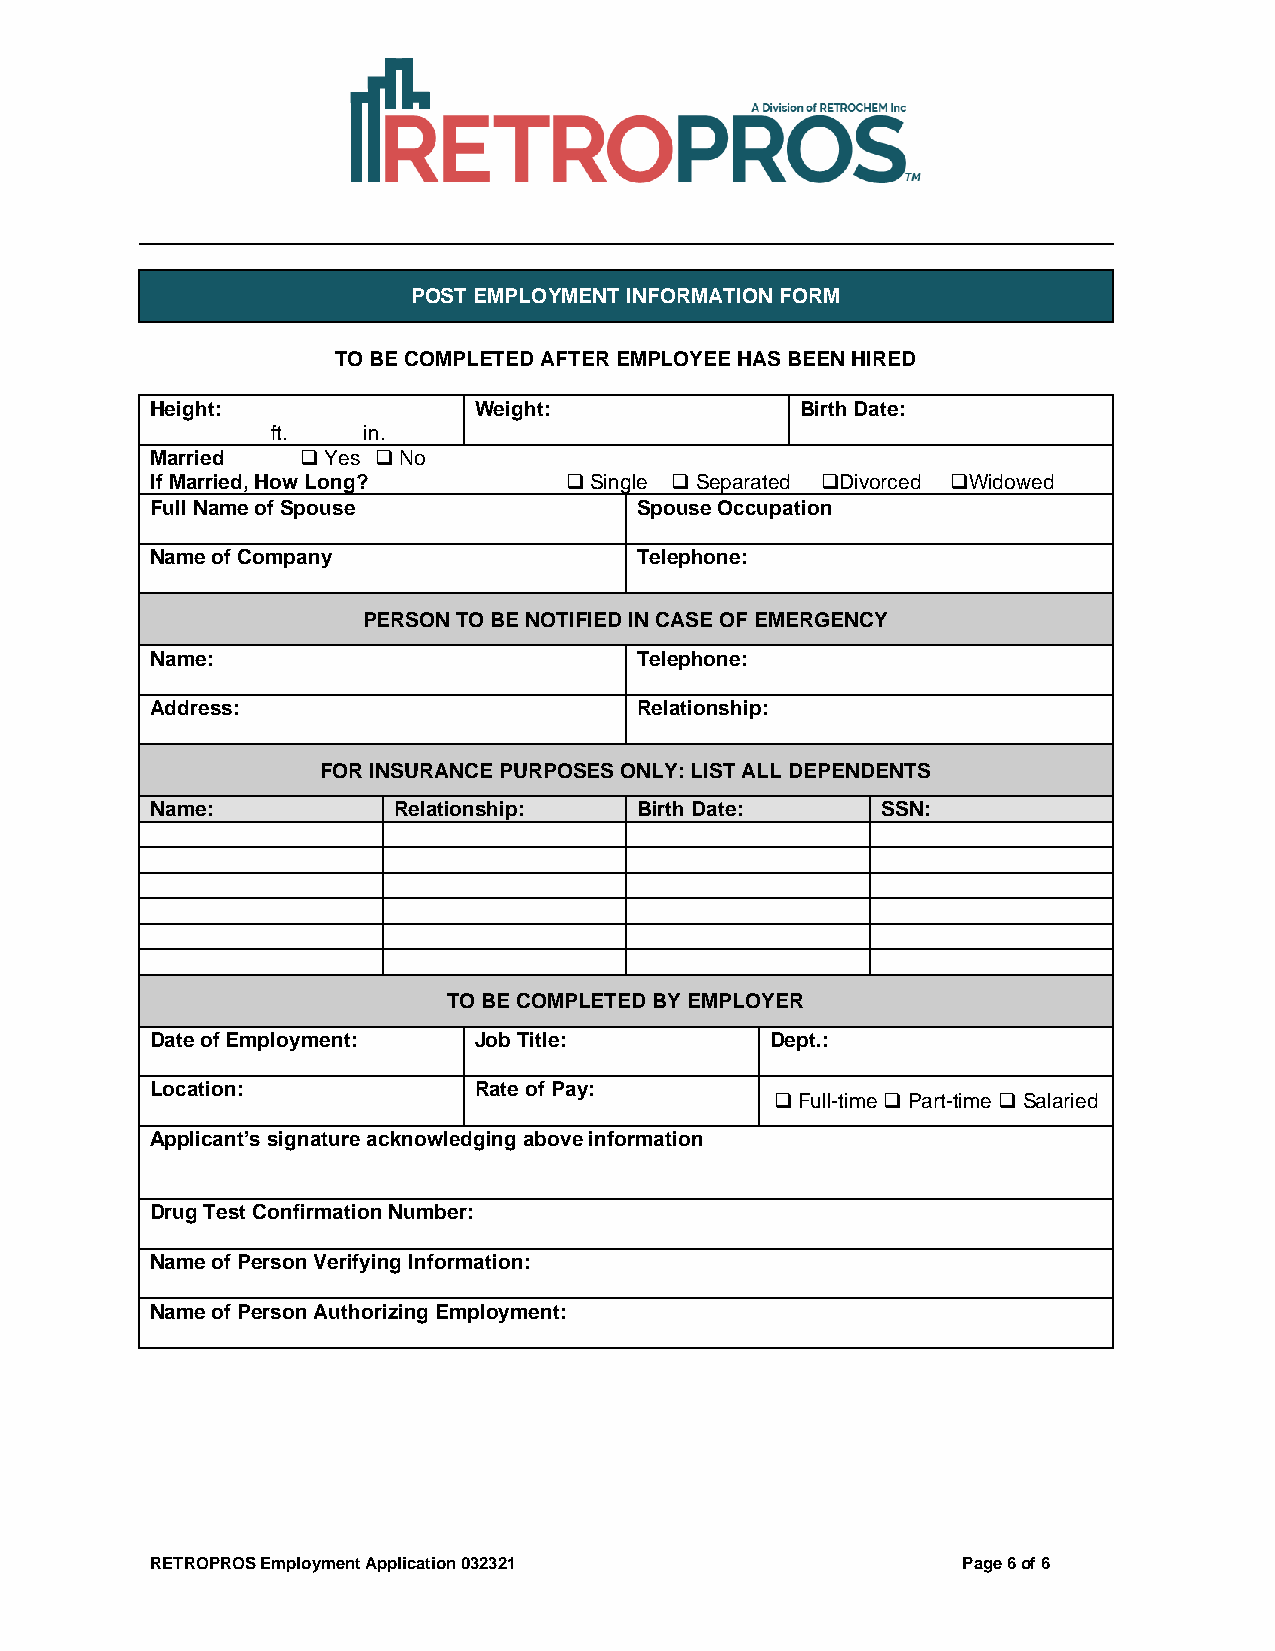
POST EMPLOYMENT INFORMATION FORM
 TO BE COMPLETED AFTER EMPLOYEE HAS BEEN HIRED
 Height:              Weight:               Birth Date:
 ft.   in.
 Married   ❑ Yes ❑ No
 If Married, How Long?      ❑ Single ❑ Separated ❑Divorced ❑Widowed
 Full Name of Spouse             Spouse Occupation
 Name of Company                 Telephone:
 PERSON TO BE NOTIFIED IN CASE OF EMERGENCY
 Name:                           Telephone:
 Address:                        Relationship:
 FOR INSURANCE PURPOSES ONLY: LIST ALL DEPENDENTS
 Name:           Relationship:   Birth Date:     SSN:
 TO BE COMPLETED BY EMPLOYER
 Date of Employment:  Job Title:          Dept.:
 Location:            Rate of Pay:
 ❑ Full-time ❑ Part-time ❑ Salaried
 Applicant’s signature acknowledging above information
 Drug Test Confirmation Number:
 Name of Person Verifying Information:
 Name of Person Authorizing Employment:
 RETROPROS Employment Application 032321               Page 6 of 6